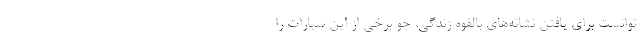
توانست برای یافتن نشانه‌های بالقوه زندگی، جوّ برخی از این سیارات را